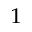
^ 1